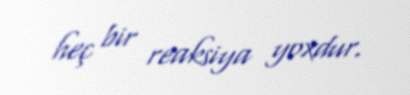
heç bir reaksiya yoxdur.